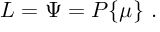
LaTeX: { \cal L } = \Psi = P \{ \mu \} \ .